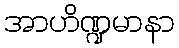
အာဟိဏ္ဍမာနာ